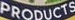
PRODUCTS